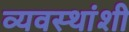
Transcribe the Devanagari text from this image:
व्यवस्थांशी